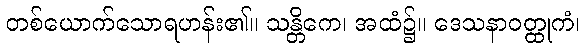
တစ်ယောက်သောရဟန်း၏။ သန္တိကေ၊ အထံ၌။ ဒေသနာဝတ္ထုကံ၊